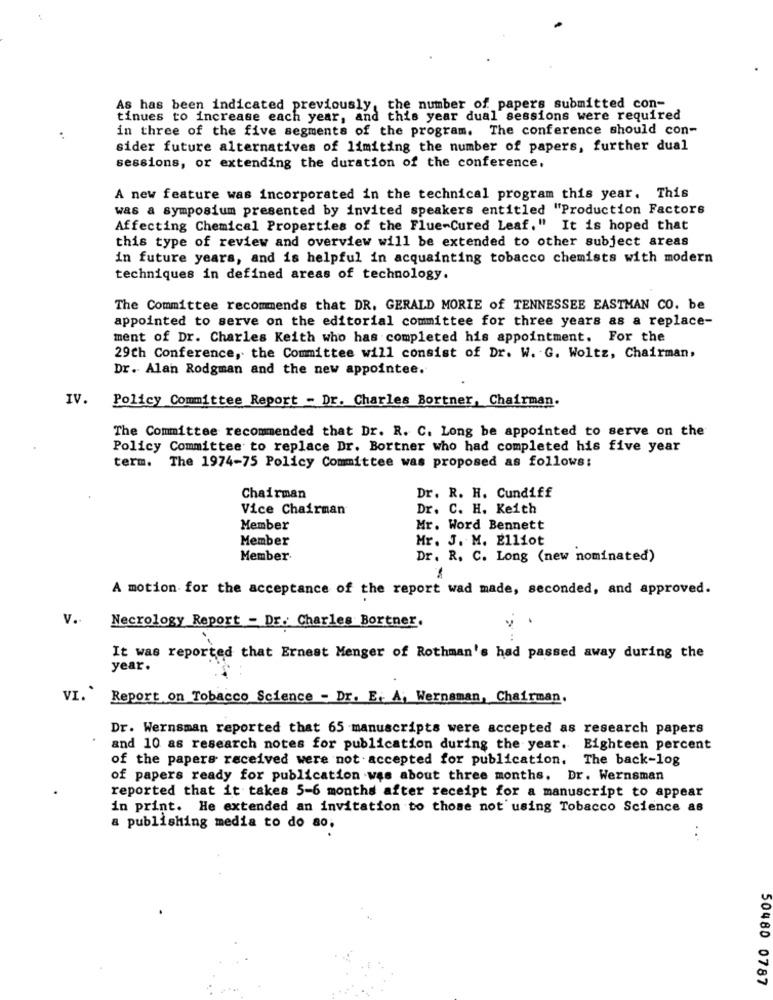
As has been indicated previously, the number of papers submitted con-
tinues to increase each year, and this year dual sessions were required
in three of the five segments of the program. The conference should con-
sider future alternatives of limiting the number of papers, further dual
sessions, or extending the duration of the conference.
A new feature was incorporated in the technical program this year. This
was a symposium presented by invited speakers entitled "Production Factors
Affecting Chemical Properties of the Flue-Cured Leaf." It is hoped that
this type of review and overview will be extended to other subject areas
in future years, and is helpful in acquainting tobacco chemists with modern
techniques in defined areas of technology.
The Committee recommends that DR. GERALD MORIE of TENNESSEE EASTMAN CO. be
appointed to serve on the editorial committee for three years as a replace-
ment of Dr. Charles Keith who has completed his appointment. For the
29th Conference, the Committee will consist of Dr. W. G. Woltz, Chairman,
Dr. Alan Rodgman and the new appointee.
IV.
Policy Committee Report - Dr. Charles Bortner, Chairman.
The Committee recommended that Dr. R. C. Long be appointed to serve on the
Policy Committee to replace Dr. Bortner who had completed his five year
term. The 1974-75 Policy Committee was proposed as follows:
Chairman
Dr. R. H. Cundiff
Vice Chairman
Dr. C. H. Keith
Member
Mr. Word Bennett
Member
Mr. J. M. Elliot
Member.
Dr. R. C. Long (new nominated)
A motion for the acceptance of the report wad made, seconded, and approved.
v.
Necrology Report - Dr. Charles Bortner.
It was reported that Ernest Menger of Rothman's had passed away during the
year.
VI.
Report on Tobacco Science - Dr. E. A, Wernaman, Chairman.
Dr. Wernsman reported that 65 manuscripts were accepted as research papers
and 10 as research notes for publication during the year. Eighteen percent
of the papers received were not accepted for publication. The back-log
of papers ready for publication was about three months. Dr. Wernsman
reported that it takes 5-6 months after receipt for a manuscript to appear
in print. He extended an invitation to those not using Tobacco Science as
a publishing media to do so.
50480 0787